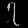
Digit: ၇